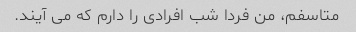
متاسفم، من فردا شب افرادی را دارم که می آیند.